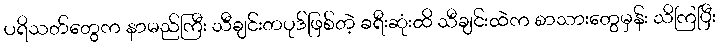
ပရိသတ်တွေက နာမည်ကြီး သီချင်းတပုဒ်ဖြစ်တဲ့ ခရီးဆုံးထိ သီချင်းထဲက စာသားတွေမှန်း သိကြပြီး